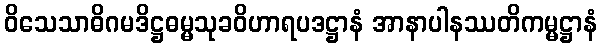
ဝိသေသာဓိဂမဒိဋ္ဌဓမ္မသုခဝိဟာရပဒဋ္ဌာနံ အာနာပါနဿတိကမ္မဋ္ဌာနံ